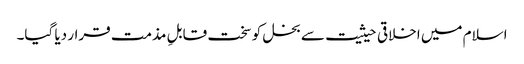
اسلام میں اخلاقی حیثیت سے بخل کو سخت قابلِ مذمت قرار دیا گیا۔